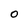
Character: O